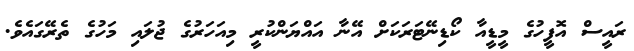
ރައީސް އޮފީހުގެ މީޑީއާ ކޯޑިނޭޓަރަކަށް އޭނާ އައްޔަންކުރީ މިއަހަރުގެ ޖުލައި މަހުގެ ތެރޭގައެވެ.